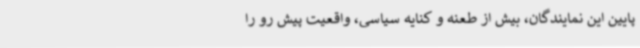
پایین این نمایندگان، بیش از طعنه و کنایه سیاسی، واقعیت‌ پیش‌ رو را